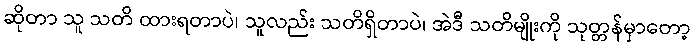
ဆိုတာ သူ သတိ ထားရတာပဲ၊ သူလည်း သတိရှိတာပဲ၊ အဲဒီ သတိမျိုးကို သုတ္တန်မှာတော့